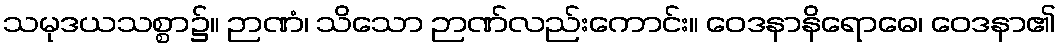
သမုဒယသစ္စာ၌။ ဉာဏံ၊ သိသော ဉာဏ်လည်းကောင်း။ ဝေဒနာနိရောဓေ၊ ဝေဒနာ၏